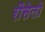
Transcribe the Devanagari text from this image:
रौसेलो